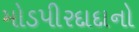
મોડપીરદાદાનો